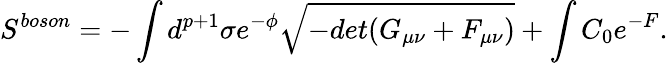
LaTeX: S^{boson}=-\int d^{p+1}\sigma e^{-\phi}\sqrt{-det(G_{\mu\nu}+F_{\mu\nu})}+\int C_{0}e^{-F}.